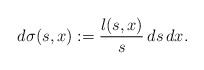
\begin{align*} d\sigma(s,x):=\frac{l(s,x)}{s}\,ds\,dx.\end{align*}